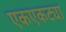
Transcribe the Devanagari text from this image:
एकएकट्या